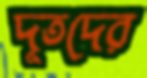
দূতদের